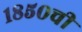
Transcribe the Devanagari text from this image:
१८५०ची